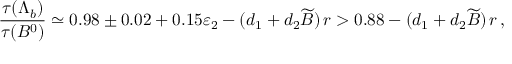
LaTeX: { \frac { \tau ( \Lambda _ { b } ) } { \tau ( B ^ { 0 } ) } } \simeq 0 . 9 8 \pm 0 . 0 2 + 0 . 1 5 \varepsilon _ { 2 } - ( d _ { 1 } + d _ { 2 } \widetilde B ) \, r > 0 . 8 8 - ( d _ { 1 } + d _ { 2 } \widetilde B ) \, r \, ,